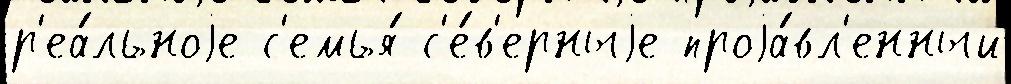
р'еа́льноjе с'емья́ с'е́в'ерныjе проjа́вл'енный